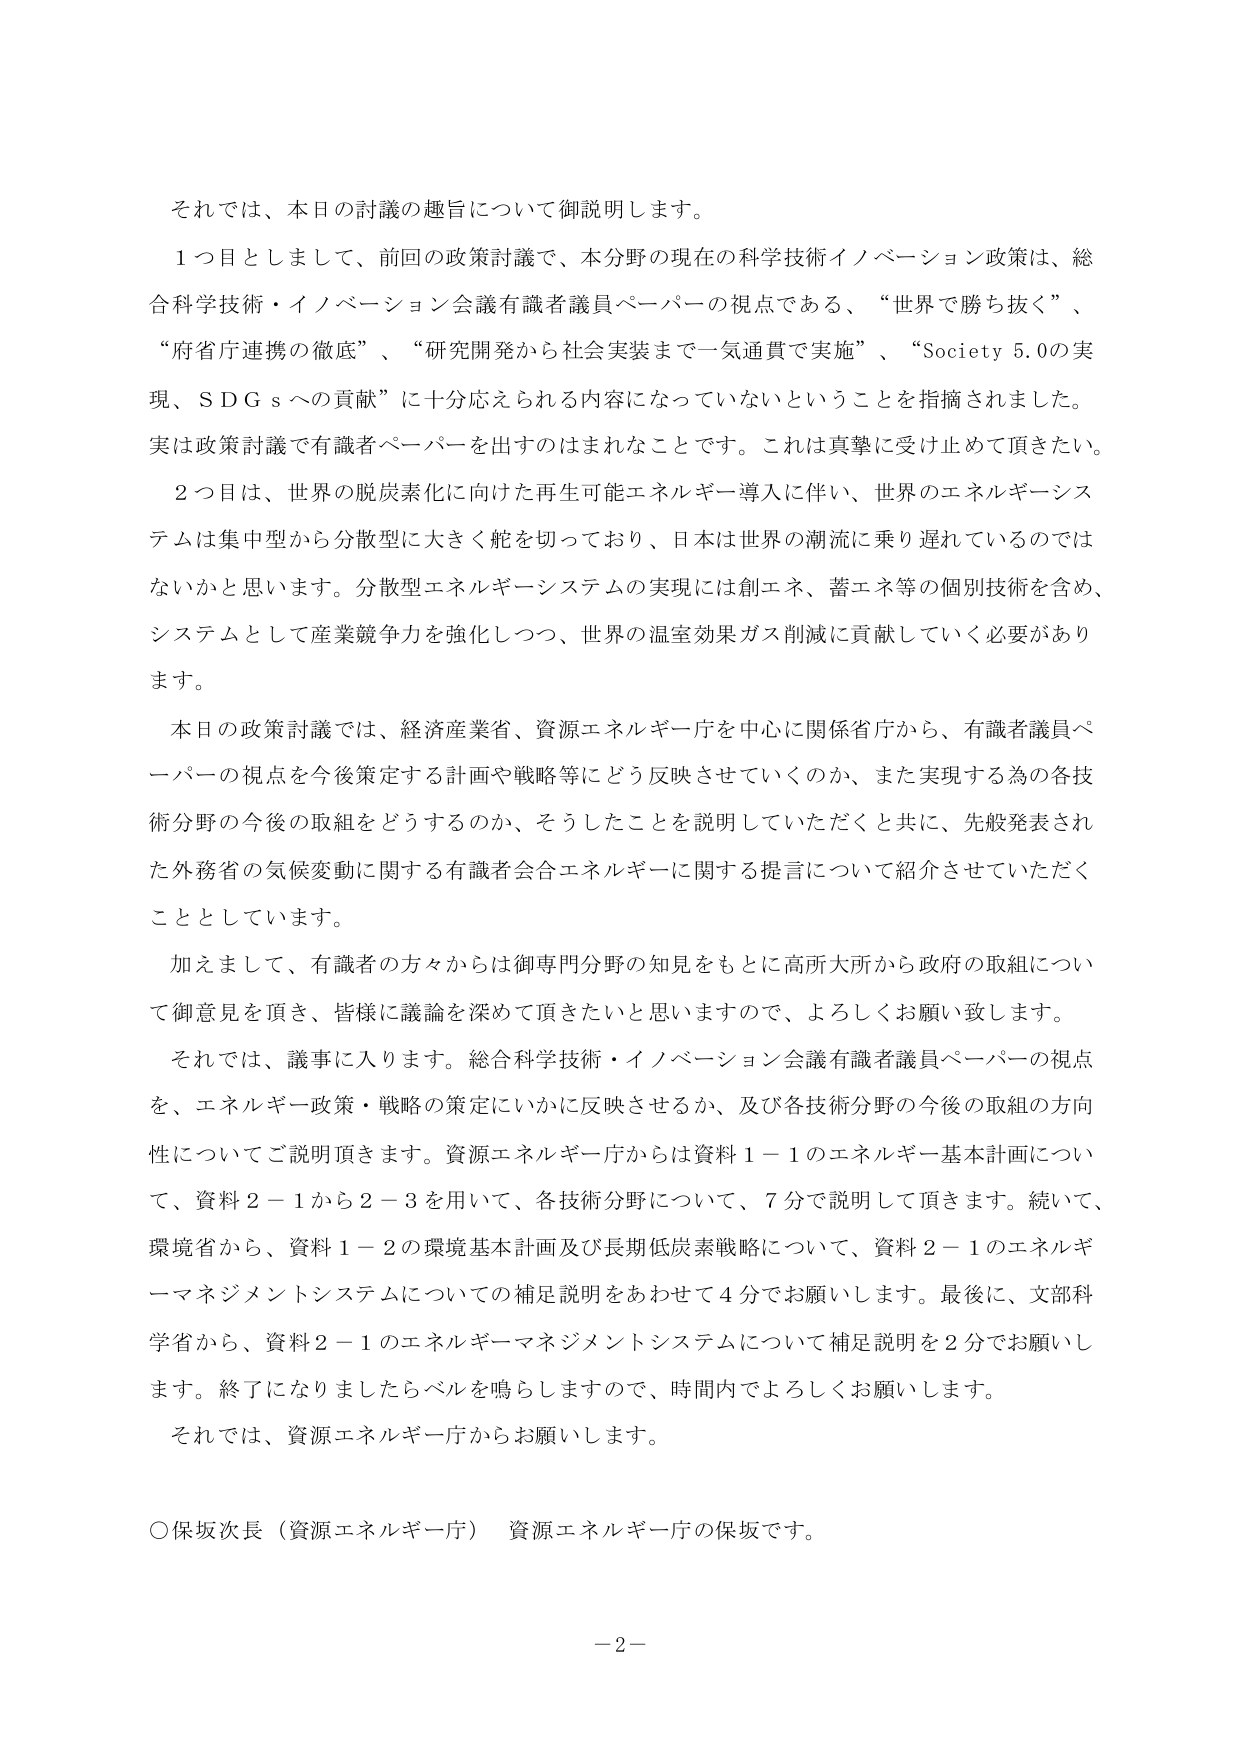
それでは、本日の討議の趣旨について御説明します。

１つ目としまして、前回の政策討議で、本分野の現在の科学技術イノベーション政策は、総合科学技術・イノベーション会議有識者議員ペーパーの視点である、“世界で勝ち抜く”、“府省庁連携の徹底”、“研究開発から社会実装まで一気通貫で実施”、“Society 5.0の実現、ＳＤＧｓへの貢献”に十分応えられる内容になっていないということを指摘されました。実は政策討議で有識者ペーパーを出すのはまれなことです。これは真摯に受け止めて頂きたい。

２つ目は、世界の脱炭素化に向けた再生可能エネルギー導入に伴い、世界のエネルギーシステムは集中型から分散型に大きく舵を切っており、日本は世界の潮流に乗り遅れているのではないかと思います。分散型エネルギーシステムの実現には創エネ、蓄エネ等の個別技術を含め、システムとして産業競争力を強化しつつ、世界の温室効果ガス削減に貢献していく必要があります。

本日の政策討議では、経済産業省、資源エネルギー庁を中心に関係省庁から、有識者議員ペーパーの視点を今後策定する計画や戦略等にどう反映させていくのか、また実現する為の各技術分野の今後の取組をどうするのか、そうしたことを説明していただくと共に、先般発表された外務省の気候変動に関する有識者会合エネルギーに関する提言について紹介させていただくこととしています。

加えまして、有識者の方々からは御専門分野の知見をもとに高所大所から政府の取組について御意見を頂き、皆様に議論を深めて頂きたいと思いますので、よろしくお願い致します。

それでは、議事に入ります。総合科学技術・イノベーション会議有識者議員ペーパーの視点を、エネルギー政策・戦略の策定にいかに反映させるか、及び各技術分野の今後の取組の方向性についてご説明頂きます。資源エネルギー庁からは資料１－１のエネルギー基本計画について、資料２－１から２－３を用いて、各技術分野について、７分で説明して頂きます。続いて、環境省から、資料１－２の環境基本計画及び長期低炭素戦略について、資料２－１のエネルギーマネジメントシステムについての補足説明をあわせて４分でお願いします。最後に、文部科学省から、資料２－１のエネルギーマネジメントシステムについて補足説明を２分でお願いします。終了になりましたらベルを鳴らしますので、時間内でよろしくお願いします。

それでは、資源エネルギー庁からお願いします。

○保坂次長（資源エネルギー庁） 資源エネルギー庁の保坂です。

－２－